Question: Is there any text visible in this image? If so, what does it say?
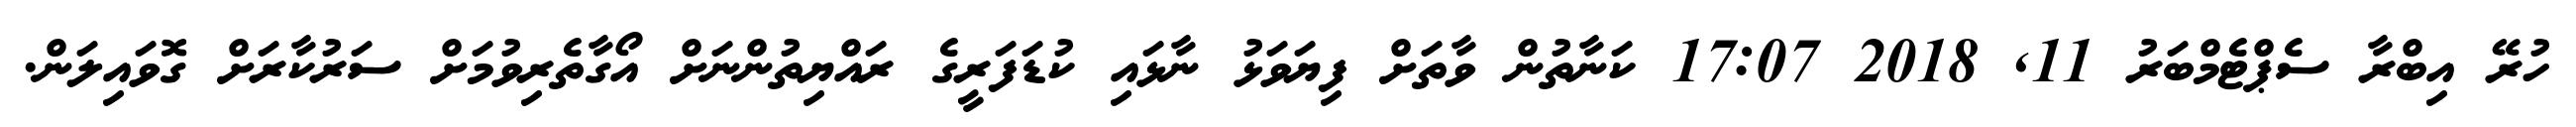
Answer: ހުރޭ އިބްރާ ސެޕްޓެމްބަރު 11, 2018 17:07 ކަނާތުން ވާތަށް ފިޔަވަޅު ނާޅައި ކުޑަފަރީގެ ރައްޔިތުންނަށް އޯގާތެރިވުމަށް ސަރުކާރަށް ގޮވައިލަން.